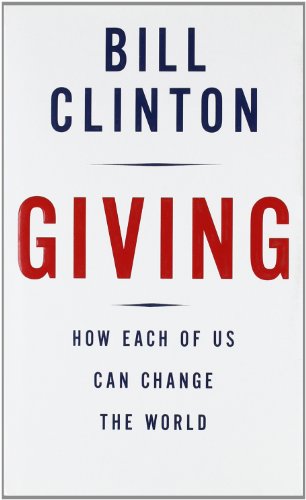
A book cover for Giving: How Each of Us Can Change the World; Bill Clinton; Business & Money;